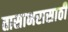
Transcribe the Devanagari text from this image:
तासाभरासाठी